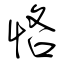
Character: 恪